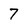
Character: 7